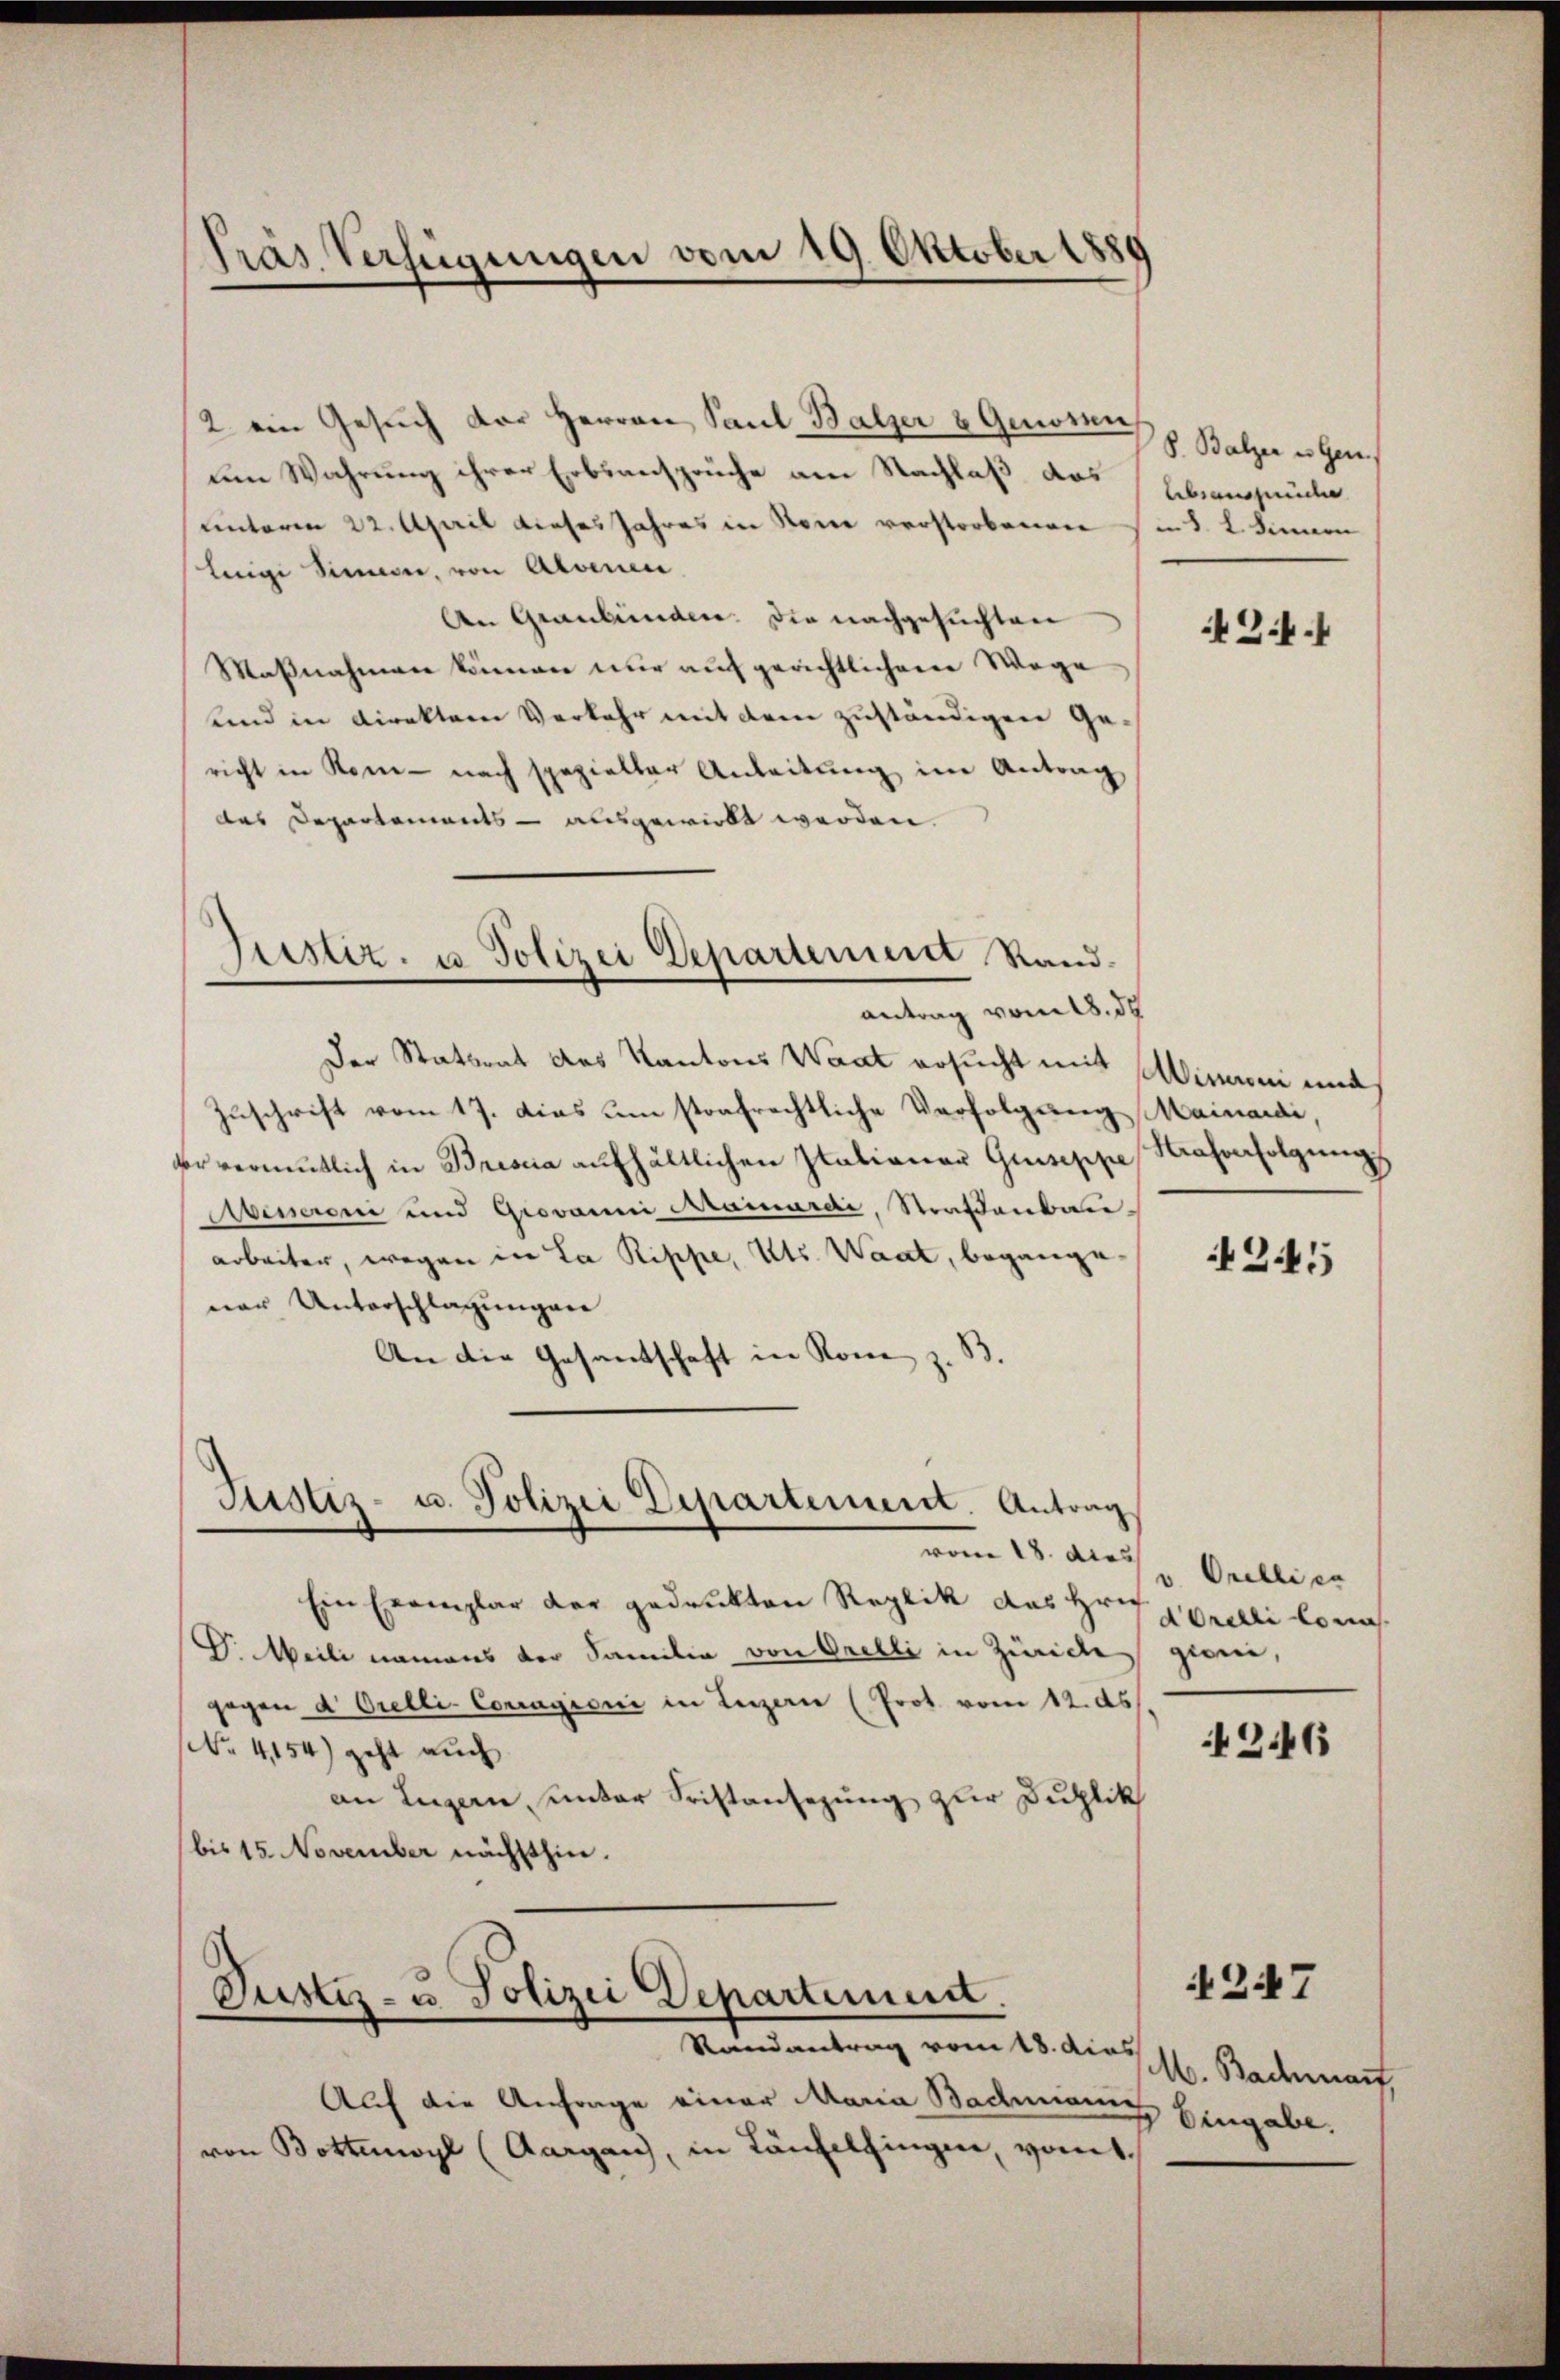
2. ein Gesuch der Herren Paul Balzer & Genossen
um Wahrung ihrer Erbsansprüche am Nachlaß das
unterm 22. April dieses Jahres in Sonne verstorbenen
leigi Sinnen, von Alvenen
An Graubünden. Die nachgesuchten
Maßnahmen können nur auf gerichtlicheren Wege
und in Direkter Verkehr mit dem zuständigen Gericht in Kom- nach spezielter Anleitŭng im Antrag
das Departements - ausgewirkt werden.
Justiz- u Polizei Departement Standantrag vom 18. d.
Der Stattent des Kantons Waat ersucht mit
Zuschrift vom 17. dies um strafrechtliche Verfolgung Mainardi,
ververmutlich in Brescia aufhältlichen Stationar Guiseppe
Abeneroni und Grovanni Krainardi, Straßenbauarbeiter, wegen in La Rippe, Kts. Waat, begange
ner Unterschlagungen
An die Gesantschaft in Rome z. B.

Präs. Verfügungen vom 19. Oktober 1880

Justiz- u. Polizei Departement. Antrag

Auf die Anfrage einer Maria Bachmanns Eingabe.
von Bottmoyl (Aargau, in Läufelsingen, vomt¬

Ein Exemplar der gedrukten Reglik des Hrn. Orelli lonas
G. Weile namens der Familie von Orelli in Zwicke
gegen d. Orelli-Corragioni in Luzern (Prot vom 12. ds.
No. 4154) geht auch
an Luzern unter Fristansezung zur Duplik
bis 15. November nächsthin.

Justiz- u. Polizei Departement
Mandantrag vom 15. dies hl. Nachmach

S. Balzer es Gen
Ebsansprüche
 §. 2. Sinnern

18. dies Orelli er

A 24.

Winconi und
Hafverfolgung

245

gioni,

2.46

247